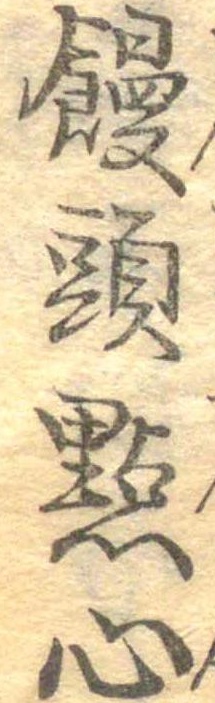
饅頭点心